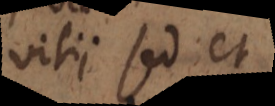
vitii sed et